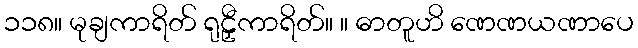
၁၁၈။ မုချကာရိတ် ရုဠှီကာရိတ်။ ။ ဓာတူဟိ ဏေဏယဏာပေ